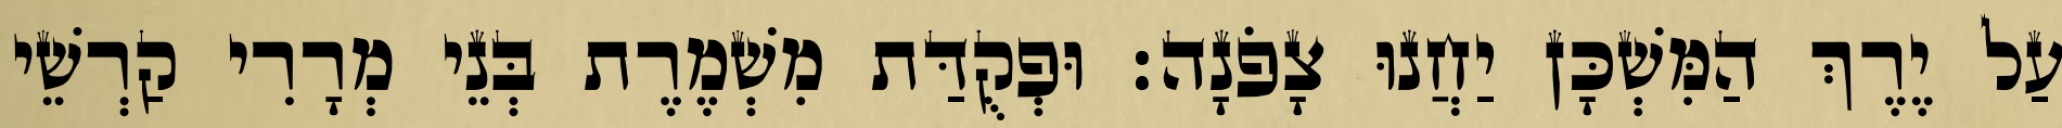
עַל יֶרֶךְ הַמִּשְׁכָּן יַחֲנוּ צָפֹנָה׃ וּפְקֻדַּת מִשְׁמֶרֶת בְּנֵי מְרָרִי קַרְשֵׁי